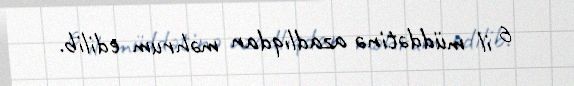
6 il müddətinə azadlıqdan məhrum edilib.